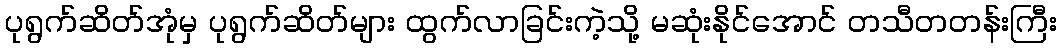
ပုရွက်ဆိတ်အုံမှ ပုရွက်ဆိတ်များ ထွက်လာခြင်းကဲ့သို့ မဆုံးနိုင်အောင် တသီတတန်းကြီး